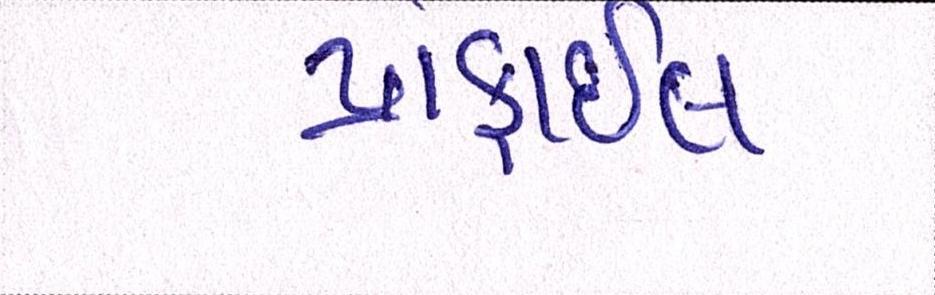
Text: પ્રોફાઇલ